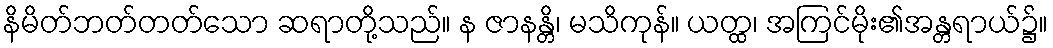
နိမိတ်ဘတ်တတ်သော ဆရာတို့သည်။ န ဇာနန္တိ၊ မသိကုန်။ ယတ္ထ၊ အကြင်မိုး၏အန္တရာယ်၌။